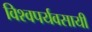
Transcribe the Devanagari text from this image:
विश्वपर्यवसायी